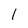
Character: I